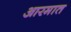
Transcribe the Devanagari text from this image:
आरमात